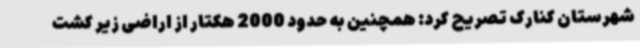
شهرستان کنارک تصریح کرد: همچنین به حدود 2000 هکتار از اراضی زیر کشت